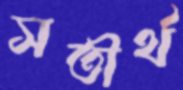
সতীর্থ